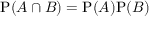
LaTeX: \mathrm { P } ( A \cap B ) = \mathrm { P } ( A ) \mathrm { P } ( B )